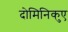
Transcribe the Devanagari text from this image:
दोमिनिकुए